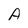
Character: A